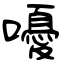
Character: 嚘